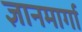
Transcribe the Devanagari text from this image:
ज्ञानमार्गा